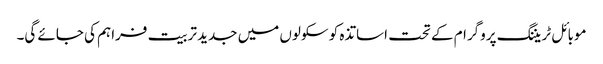
موبائل ٹریننگ پروگرام کے تحت اساتذہ کو سکولوں میں جدید تربیت فراہم کی جائے گی۔